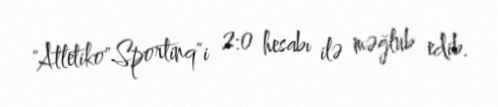
"Atletiko"Sportinq"i 2:0 hesabı ilə məğlub edib.